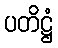
ပတိဋ္ဌံ